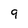
Character: 9